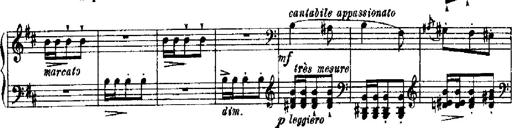
Title: RÃ©miniscences de Robert le diable
Composer: Franz Liszt